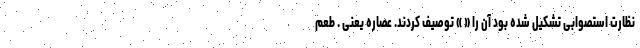
نظارت استصوابی تشکیل شده بود آن را « » توصیف کردند. عصاره یعنی . طعم